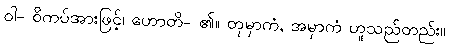
ဝါ- ဝိကပ်အားဖြင့်၊ ဟောတိ- ၏။ တုမှာကံ, အမှာကံ ဟူသည်တည်း။